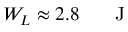
W _ { L } \approx 2 . 8 \ensuremath { \mathrm { ~ \textrm ~ { ~ \, ~ } ~ } } \ensuremath { \mathrm { J } }